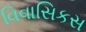
વિવાસિકસ